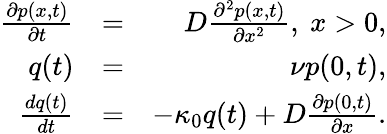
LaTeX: \begin{array}{rlr}{\frac{\partial p(x,t)}{\partial t}}&{=}&{D\frac{\partial^{2}p(x,t)}{\partial x^{2}},\ x>0,}\\ {q(t)}&{=}&{\nu p(0,t),}\\ {\frac{dq(t)}{dt}}&{=}&{-\kappa_{0}q(t)+D\frac{\partial p(0,t)}{\partial x}.}\end{array}